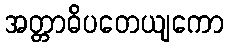
အတ္တာဓိပတေယျကော